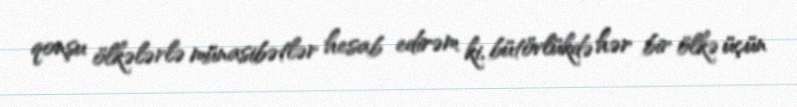
qonşu ölkələrlə münasibətlər hesab edirəm ki, bütövlükdə hər bir ölkə üçün